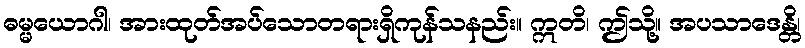
ဓမ္မယောဂါ၊ အားထုတ်အပ်သောတရားရှိကုန်သနည်း။ ဣတိ၊ ဤသို့။ အပသာဒေန္တိ၊